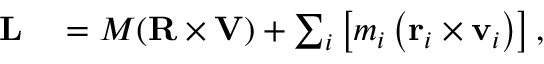
\begin{array} { r l } { \mathbf { L } } & { { } = M ( \mathbf { R } \times \mathbf { V } ) + \sum _ { i } \left[ m _ { i } \left( \mathbf { r } _ { i } \times \mathbf { v } _ { i } \right) \right] , } \end{array}